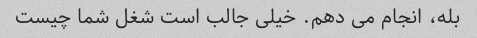
بله، انجام می دهم. خیلی جالب است شغل شما چیست